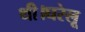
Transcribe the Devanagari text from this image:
थी।घरेलू